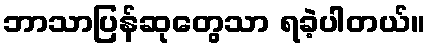
ဘာသာပြန်ဆုတွေသာ ရခဲ့ပါတယ်။